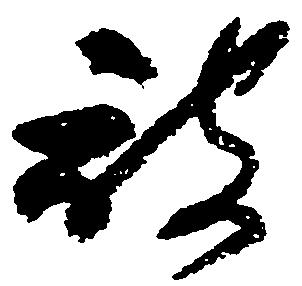
被